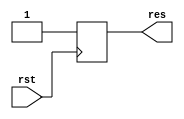
// DESCRIPTION: Verilator: initial edge issue
//
// The module initial_edge drives the output "res" high when the reset signal,
// rst, goes high.
//
// The module initial_edge_n drives the output "res_n" high when the reset
// signal, rst_n, goes low.
//
// For 4-state simulators, that edge occurs when the initial value of rst_n,
// X, goes to zero. However, by default for Verilator, being 2-state, the
// initial value is zero, so no edge is seen.
//
// This is not a bug in verilator (it is bad design to rely on an edge
// transition from an unitialized signal), but the problem is that there are
// quite a few instances of code out there that seems to be dependent on this
// behaviour to get out of reset.
//
// The Verilator --x-initial-edge flag causes these initial edges to trigger,
// thus matching the behaviour of a 4-state simulator. This is reportedly also
// the behaviour of commercial cycle accurate modelling tools as well.
//
// This file ONLY is placed into the Public Domain, for any use, without
// warranty, 2012 by Wilson Snyder.

`timescale 1ns/1ns

module t (/*AUTOARG*/
   // Inputs
   clk
   );
   input clk;

   wire  res;
   wire  res_n;
   reg 	 rst;
   reg 	 rst_n;

   integer count = 0;

   initial_edge i_edge (.res (res),
			.rst (rst));

   initial_edge_n i_edge_n (.res_n (res_n),
			    .rst_n (rst_n));

   // run for 3 cycles, with one cycle of reset.
   always @(posedge clk) begin

      rst   <= (count == 0) ? 1 : 0;
      rst_n <= (count == 0) ? 0 : 1;

      if (count == 3) begin
	 if ((res == 1) && (res_n == 1)) begin
	    $write ("*-* All Finished *-*\n");
	    $finish;
	 end
	 else begin
`ifdef TEST_VERBOSE
	    $write ("FAILED: res = %b, res_n = %b\n", res, res_n);
`endif
	    $stop;
	 end
      end

      count = count + 1;

   end

endmodule


module initial_edge_n (res_n,
		       rst_n);
   output  res_n;
   input   rst_n;

   reg 	   res_n = 1'b0;

   always @(negedge rst_n) begin
      if (rst_n == 1'b0) begin
         res_n <= 1'b1;
      end
   end

endmodule // initial_edge_n


module initial_edge (res,
		     rst);
   output  res;
   input   rst;

   reg 	   res = 1'b0;

   always @(posedge rst) begin
      if (rst == 1'b1) begin
         res <= 1'b1;
      end
   end

endmodule // initial_edge